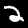
Digit: 2